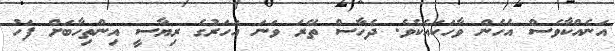
އަނެއްކާވެސް އެހެން ވާހަކައެކެވެ. ދެހާސް ތޭރަ ވަނަ އަހަރުގެ ރިޔާސީ އިންތިހާބަށް ފަހު